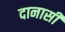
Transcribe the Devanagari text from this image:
दानासी